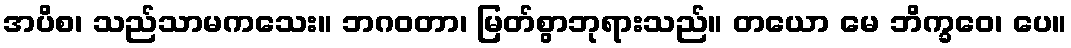
အပိစ၊ သည်သာမကသေး။ ဘဂဝတာ၊ မြတ်စွာဘုရားသည်။ တယော မေ ဘိက္ခဝေ၊ ပေ။